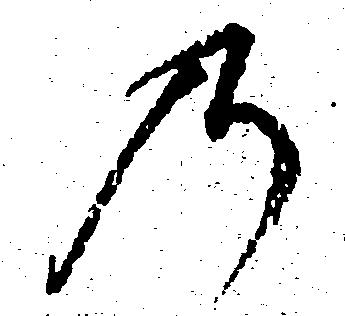
の